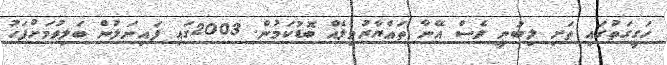
ހަގީގަތުގައި ތަށި ލިބުނީ ވެސް އޭނާ ތައްޔާރުވިލެއް ބޮޑުކަމުން. 2003ގައި ފައިނަލުން ބަލިވުމަށްފަހު